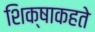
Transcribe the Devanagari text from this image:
शिक्षाकहते